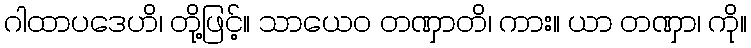
ဂါထာပဒေဟိ၊ တို့ဖြင့်။ သာယေဝ တဏှာတိ၊ ကား။ ယာ တဏှာ၊ ကို။